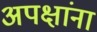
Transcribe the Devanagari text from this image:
अपक्षांना